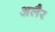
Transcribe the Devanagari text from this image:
अलैर